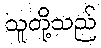
သူတို့သည်